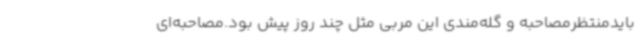
بایدمنتظرمصاحبه و گله‌مندی این مربی مثل چند روز پیش بود.مصاحبه‌ای